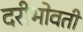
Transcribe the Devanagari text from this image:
दरीभोवती